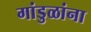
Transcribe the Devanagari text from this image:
गांडुळांना